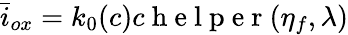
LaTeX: \bar{i}_{ox}=k_{0}(c)c\mathrm{~h~e~l~p~e~r~}(\eta_{f},\lambda)